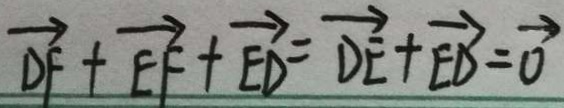
\overrightarrow { D F } + \overrightarrow { E F } + \overrightarrow { E D } = \overrightarrow { D E } + \overrightarrow { E D } = \overrightarrow { 0 }